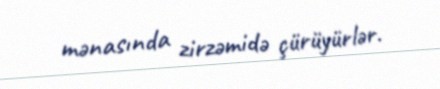
mənasında zirzəmidə çürüyürlər.